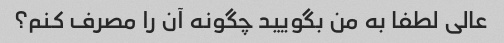
عالی لطفا به من بگویید چگونه آن را مصرف کنم؟